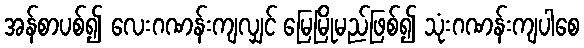
အန်စာပစ်၍ လေးဂဏန်းကျလျှင် မြေမြိုမည်ဖြစ်၍ သုံးဂဏန်းကျပါစေ